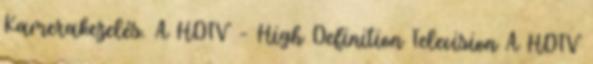
Kamerakezelés. A HDTV – High Definition Television A HDTV